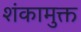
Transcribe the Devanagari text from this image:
शंकामुक्त